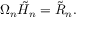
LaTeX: \Omega _ { n } { \tilde { H } } _ { n } = { \tilde { R } } _ { n } .